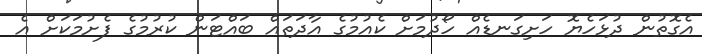
އެގޮތުން ދުޅަހެޔޮ ހަށިގަނޑެއް ހޯދުމަށް ކެއުމުގެ އާދަތައް ބައްޓަން ކުރުމުގެ ފެށުމަކަށް އެ